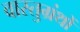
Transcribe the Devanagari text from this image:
वास्तुग्रंथों